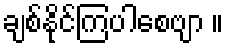
ချစ်နိုင်ကြပါစေဗျာ ။